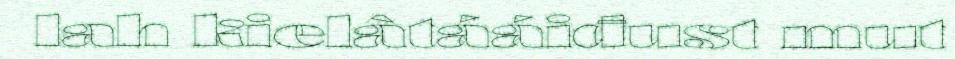
lah kielâtááiđust mut